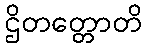
ဌိတတ္တောတိ